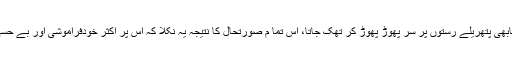
اور اس کی سوچوں کا تند دریابھی پتھریلے رستوں پر سر پھوڑ پھوڑ کر تھک جاتا، اس تما م صورتحال کا نتیجہ یہ نکلا کہ اس پر اکثر خودفراموشی اور بے حسی کی کیفیت غالب رہنے لگی۔